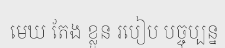
មេឃ តែង ខ្លួន របៀប បច្ចុប្បន្ន